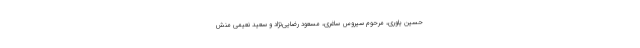
حسین یاوری، مرحوم سیروس ساغری، مسعود رضایی‌نژاد و سعید نعیمی منش